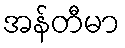
အန်တီမာ